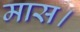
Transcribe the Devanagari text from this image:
मास।